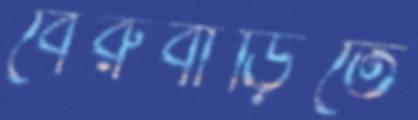
বেরুবাড়িতে